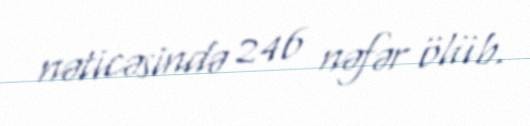
nəticəsində 246 nəfər ölüb.